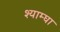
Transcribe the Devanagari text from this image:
श्याम्घा